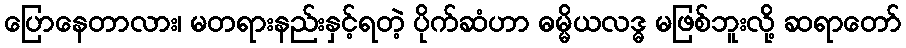
ပြောနေတာလား၊ မတရားနည်းနှင့်ရတဲ့ ပိုက်ဆံဟာ ဓမ္မိယလဒ္ဓ မဖြစ်ဘူးလို့ ဆရာတော်